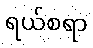
ရယ်စရာ